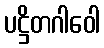
ပဋ္ဌိတဂါဝေါ